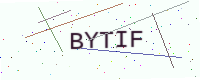
Text: BYTIF